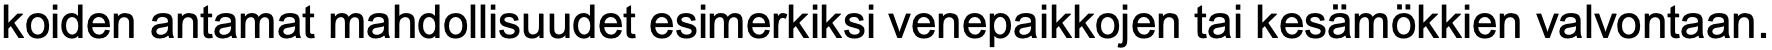
koiden antamat mahdollisuudet esimerkiksi venepaikkojen tai kesämökkien valvontaan.